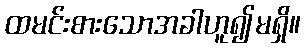
ထမင်းစားသောအခါဟူ၍မရှိ။